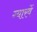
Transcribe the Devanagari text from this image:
ग्‍यारवें